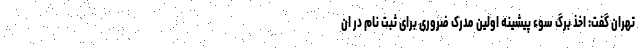
تهران گفت: اخذ برگ سوء پیشینه اولین مدرک ضروری برای ثبت نام در ان